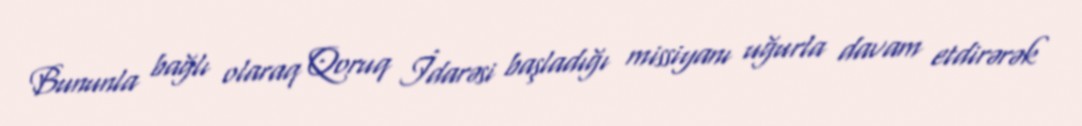
Bununla bağlı olaraq Qoruq İdarəsi başladığı missiyanı uğurla davam etdirərək